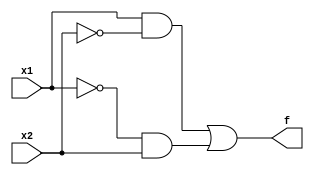
module light_example(x1,x2,f);
	input x1, x2;
	output f;
	assign f = (x1 & ~x2)|(~x1 & x2);
endmodule